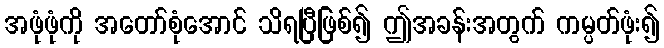
အဖုံဖုံကို အတော်စုံအောင် သိရပြီဖြစ်၍ ဤအခန်းအတွက် ကမ္ပတ်ဖုံး၍